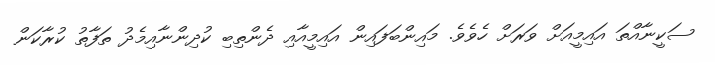
ސަކީނާއްތަ އައިމީއަށް ވަރަށް ހެވެވެ. މައިންބަފައިން އައިމީއާއި ދެންތިބި ކުދިންނާއިމެދު ތަފާތު ކުރާކަން